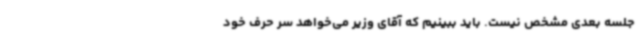
جلسه بعدی مشخص نیست. باید ببینیم که آقای وزیر می‌خواهد سر حرف خود